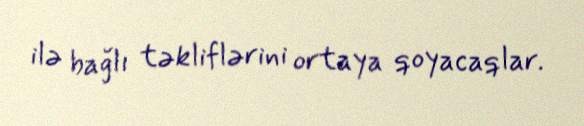
ilə bağlı təkliflərini ortaya qoyacaqlar.